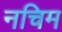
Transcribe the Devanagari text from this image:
नचिम